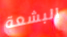
البشعة